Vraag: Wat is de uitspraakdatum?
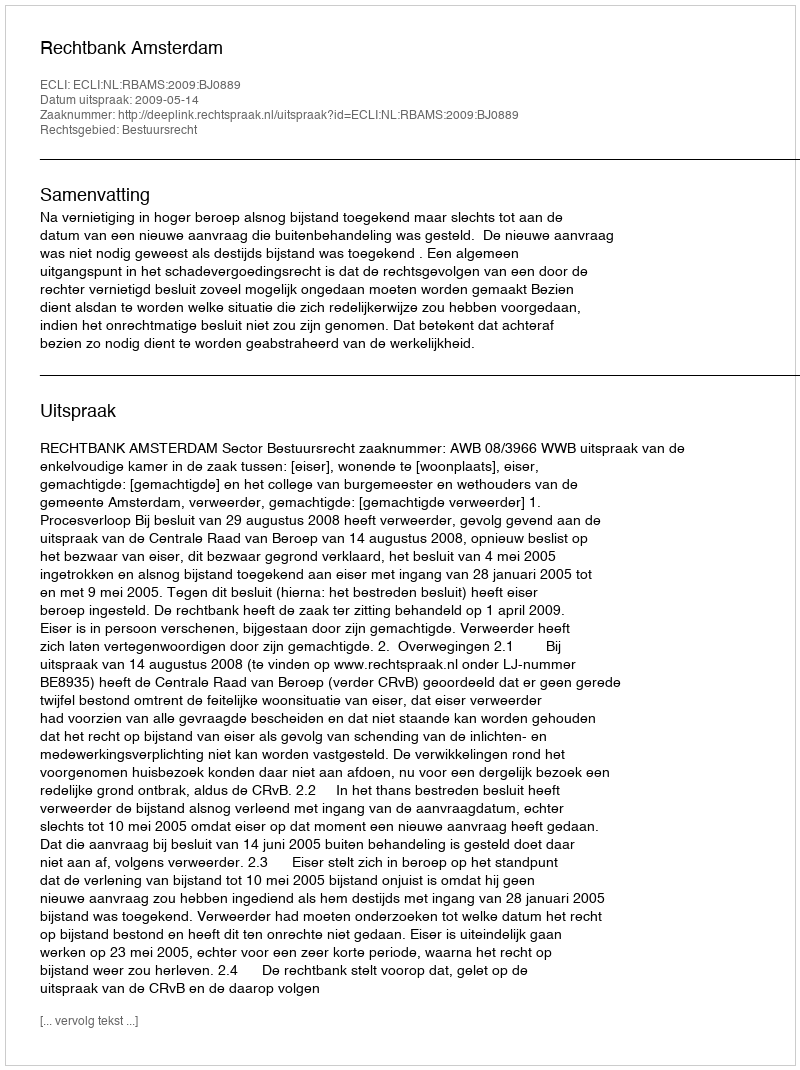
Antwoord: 2009-05-14